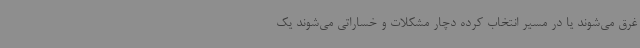
غرق می‌شوند یا در مسیر انتخاب کرده دچار مشکلات و خساراتی می‌شوند یک